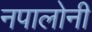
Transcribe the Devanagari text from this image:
नपालोनी